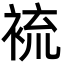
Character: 裗